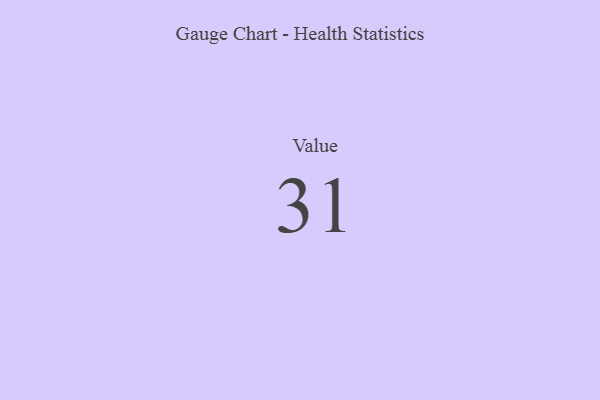
{"axis": {"x": "Metric", "y": "Value"}, "legend": [""], "data": [{"x": "Value", "y": 31, "type": ""}]}